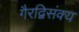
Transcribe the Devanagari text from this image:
गैरद्विसंक्य